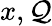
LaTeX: x,\mathcal{Q}